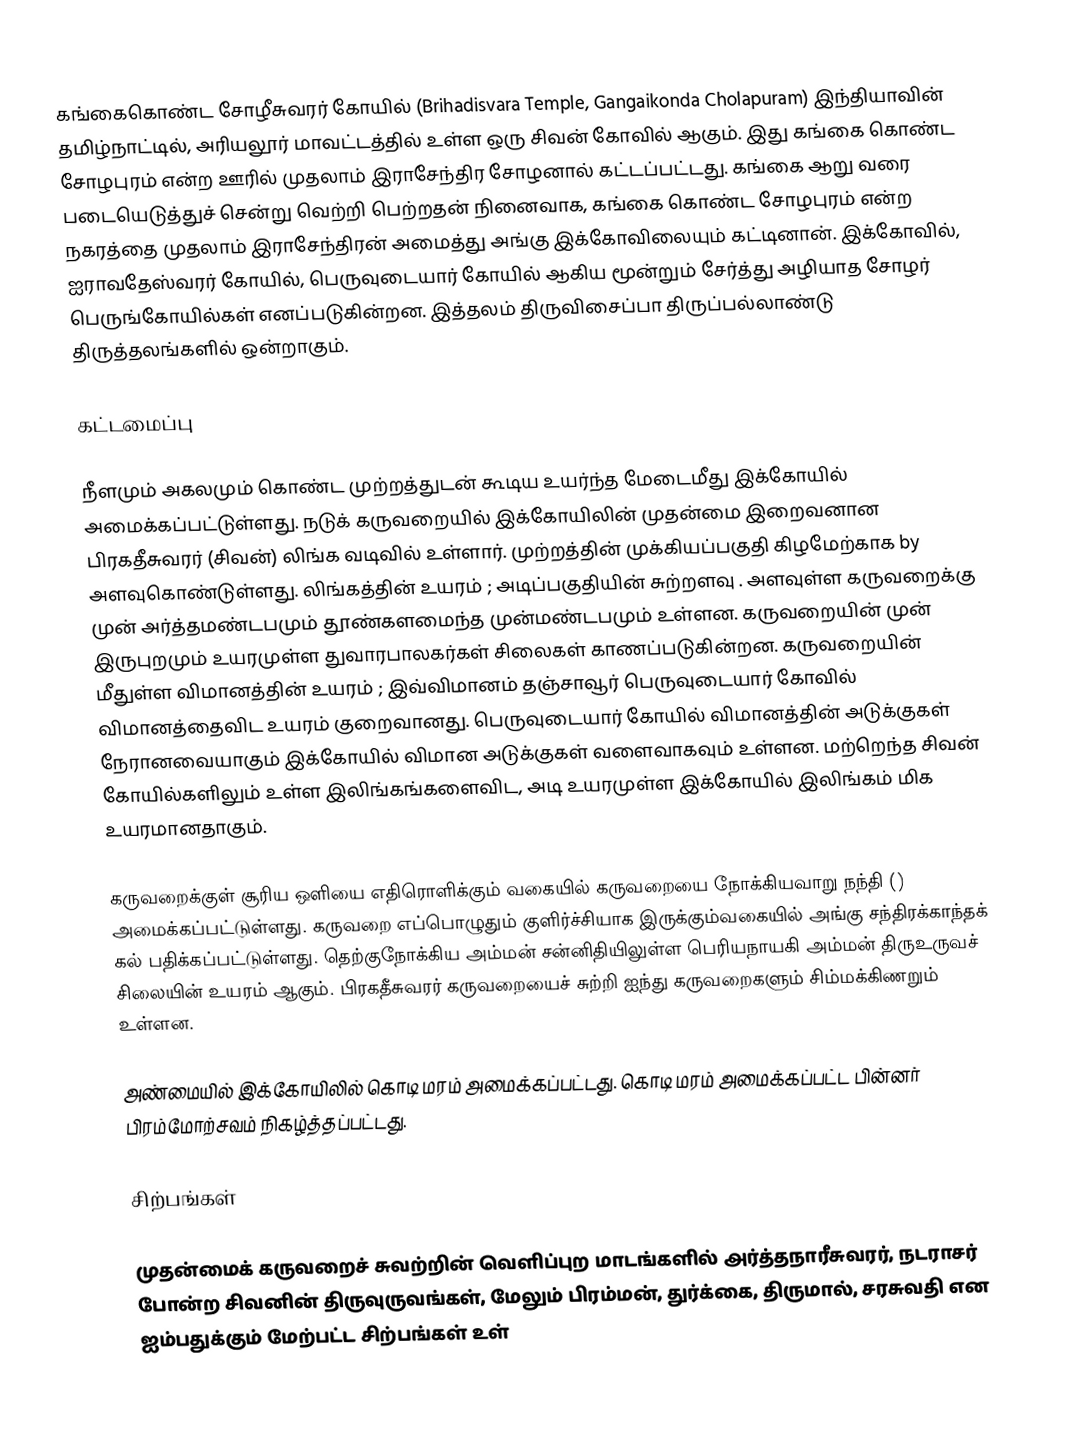
கங்கைகொண்ட சோழீசுவரர் கோயில் (Brihadisvara Temple, Gangaikonda Cholapuram) இந்தியாவின் தமிழ்நாட்டில், அரியலூர் மாவட்டத்தில் உள்ள ஒரு சிவன் கோவில் ஆகும். இது கங்கை கொண்ட சோழபுரம் என்ற ஊரில் முதலாம் இராசேந்திர சோழனால் கட்டப்பட்டது. கங்கை ஆறு வரை படையெடுத்துச் சென்று வெற்றி பெற்றதன் நினைவாக, கங்கை கொண்ட சோழபுரம் என்ற நகரத்தை முதலாம் இராசேந்திரன் அமைத்து அங்கு இக்கோவிலையும் கட்டினான். இக்கோவில், ஐராவதேஸ்வரர் கோயில், பெருவுடையார் கோயில் ஆகிய மூன்றும் சேர்த்து அழியாத சோழர் பெருங்கோயில்கள் எனப்படுகின்றன. இத்தலம் திருவிசைப்பா திருப்பல்லாண்டு திருத்தலங்களில் ஒன்றாகும்.

கட்டமைப்பு

 நீளமும்  அகலமும் கொண்ட முற்றத்துடன் கூடிய உயர்ந்த மேடைமீது இக்கோயில் அமைக்கப்பட்டுள்ளது. நடுக் கருவறையில் இக்கோயிலின் முதன்மை இறைவனான பிரகதீசுவரர் (சிவன்) லிங்க வடிவில் உள்ளார். முற்றத்தின் முக்கியப்பகுதி கிழமேற்காக  by  அளவுகொண்டுள்ளது. லிங்கத்தின் உயரம் ; அடிப்பகுதியின் சுற்றளவு .  அளவுள்ள கருவறைக்கு முன் அர்த்தமண்டபமும் தூண்களமைந்த முன்மண்டபமும் உள்ளன. கருவறையின் முன் இருபுறமும்  உயரமுள்ள துவாரபாலகர்கள் சிலைகள் காணப்படுகின்றன. கருவறையின் மீதுள்ள விமானத்தின் உயரம் ; இவ்விமானம் தஞ்சாவூர் பெருவுடையார் கோவில் விமானத்தைவிட  உயரம் குறைவானது. பெருவுடையார் கோயில் விமானத்தின் அடுக்குகள் நேரானவையாகும் இக்கோயில் விமான அடுக்குகள் வளைவாகவும் உள்ளன.  மற்றெந்த சிவன் கோயில்களிலும் உள்ள இலிங்கங்களைவிட,  அடி உயரமுள்ள இக்கோயில் இலிங்கம் மிக உயரமானதாகும்.

கருவறைக்குள் சூரிய ஒளியை எதிரொளிக்கும் வகையில் கருவறையை நோக்கியவாறு நந்தி () அமைக்கப்பட்டுள்ளது. கருவறை எப்பொழுதும் குளிர்ச்சியாக இருக்கும்வகையில் அங்கு சந்திரக்காந்தக் கல் பதிக்கப்பட்டுள்ளது. தெற்குநோக்கிய அம்மன் சன்னிதியிலுள்ள பெரியநாயகி அம்மன் திருஉருவச் சிலையின் உயரம்  ஆகும். பிரகதீசுவரர் கருவறையைச் சுற்றி ஐந்து கருவறைகளும் சிம்மக்கிணறும் உள்ளன.

அண்மையில் இக்கோயிலில் கொடி மரம் அமைக்கப்பட்டது. கொடி மரம் அமைக்கப்பட்ட பின்னர் பிரம்மோற்சவம் நிகழ்த்தப்பட்டது.

சிற்பங்கள்

முதன்மைக் கருவறைச் சுவற்றின் வெளிப்புற மாடங்களில் அர்த்தநாரீசுவரர், நடராசர் போன்ற சிவனின் திருவுருவங்கள், மேலும் பிரம்மன், துர்க்கை, திருமால், சரசுவதி என ஐம்பதுக்கும் மேற்பட்ட சிற்பங்கள் உள்